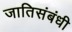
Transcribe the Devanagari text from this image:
जातिसंबंधी